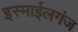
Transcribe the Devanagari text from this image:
इस्माईलगंज